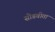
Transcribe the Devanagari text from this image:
सोडवीता